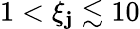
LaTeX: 1<\xi_{\mathbf{j}}\lesssim10